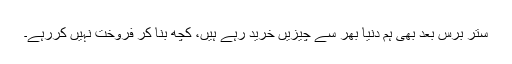
ستر برس بعد بھی ہم دنیا بھر سے چیزیں خرید رہے ہیں، کچھ بنا کر فروخت نہیں کررہے۔